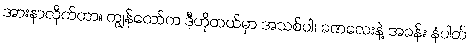
အားနာလိုက်တာ။ ကျွန်တော်က ဒီဟိုတယ်မှာ အသစ်ပါ။ ခဏလေးနဲ့ အခန်း နံပါတ်